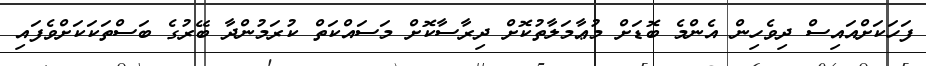
ފަހަކަށްއައިސް ދިވެހިން އެންމެ ބޮޑަށް މުޢާމަލާތުކޮށް ދިރާސާކޮށް މަސައްކަތް ކުރަމުންދާ ބޭރުގެ ބަސްތަކަކަށްވެފައި